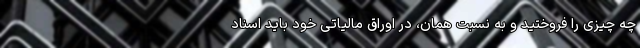
چه چیزی را فروختید و به نسبت همان، در اوراق مالیاتی خود باید اسناد